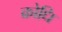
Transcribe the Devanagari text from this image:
क्रोधि